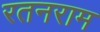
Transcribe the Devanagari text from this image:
रतनराम